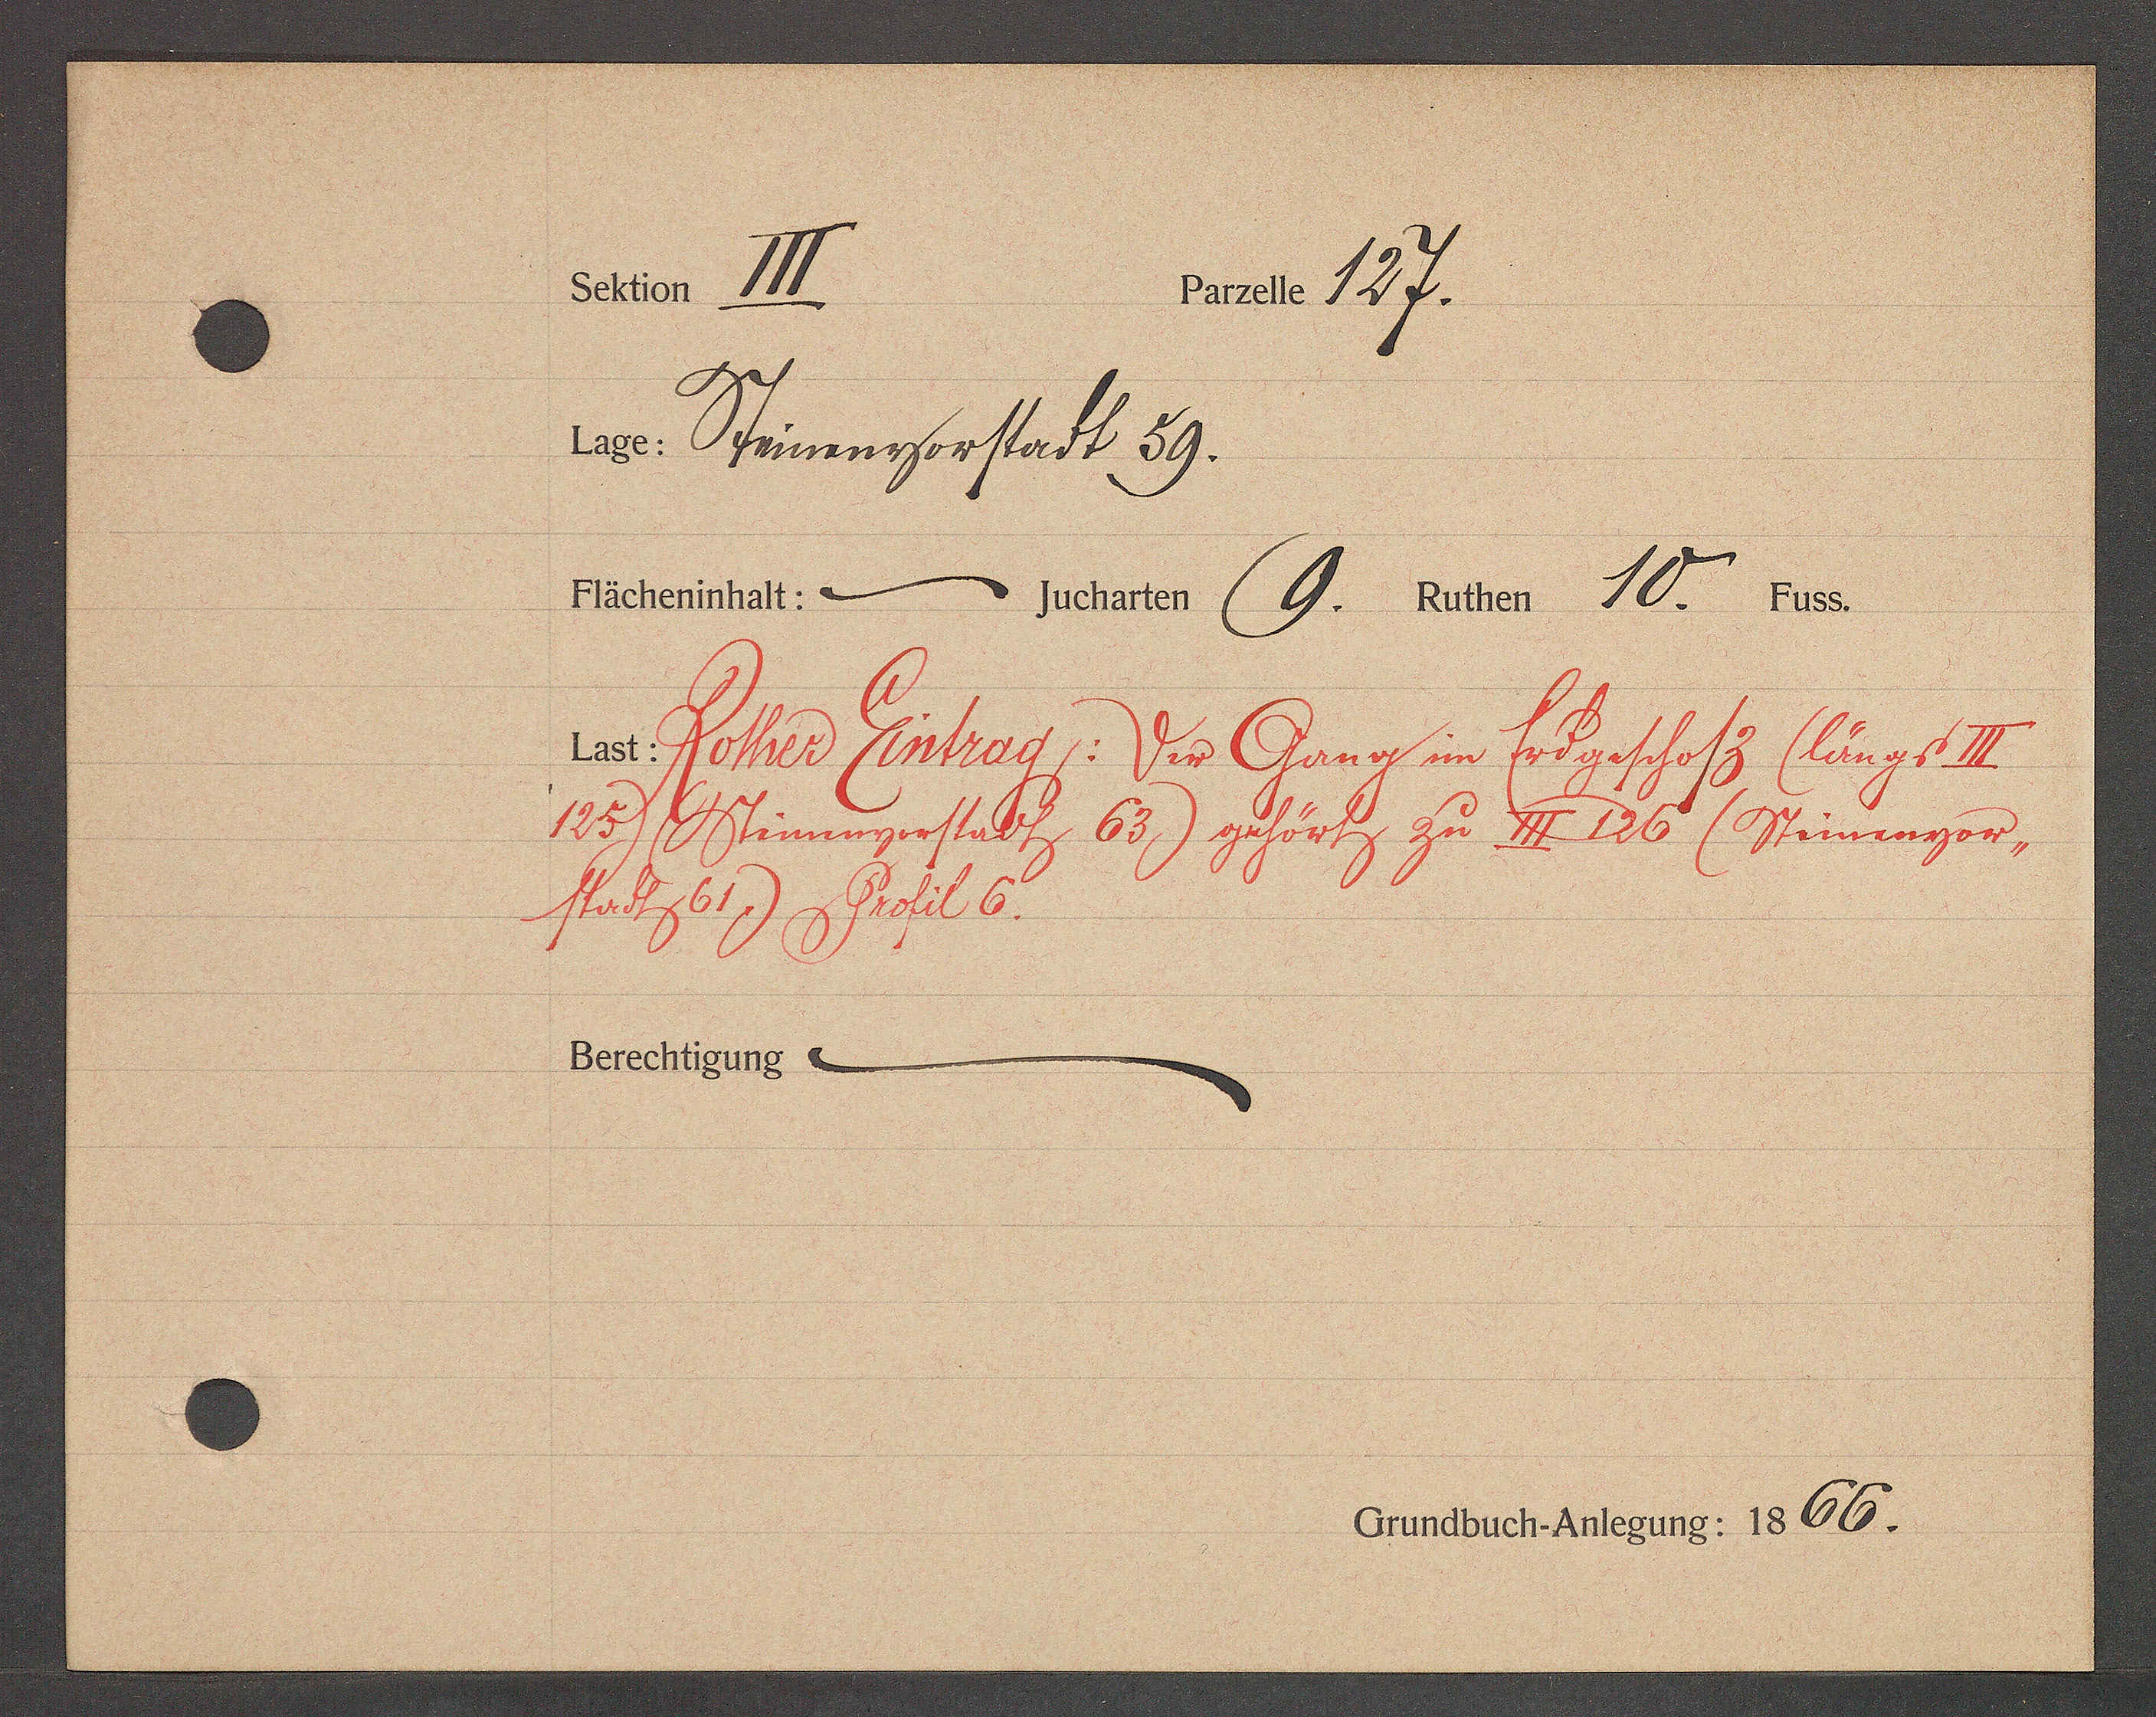
Transcript:
Seher 111.
nnele 127.
1e. Phiungnstaoh 59.
Ficheninhalt: 2
ehaten (9. Aeben 10. 166.

ier Peter Rentnad: Vs Qungin hbatff (lig 12
1O5rlinnngnfhubt 63) zyvvry zu Dt 226 (Bhüningan,
Mrttge 7 gbufel 6.
Berechtigung 2

CrundbuchAnlegung: 1866.